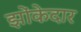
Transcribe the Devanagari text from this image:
झोंकेदार